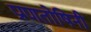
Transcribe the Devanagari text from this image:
प्राणतोषिनी